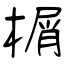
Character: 榍